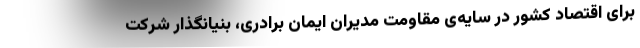
برای اقتصاد کشور در سایه‌ی مقاومت مدیران ایمان برادری، بنیانگذار شرکت